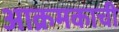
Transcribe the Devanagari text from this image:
आक्रमकाची